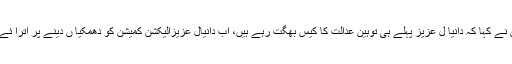
انہوں نے کہا کہ دانیا ل عزیز پہلے ہی توہین عدالت کا کیس بھگت رہے ہیں، اب دانیال عزیزالیکشن کمیشن کو دھمکیا ں دینے پر اترآ ئے ہیں۔